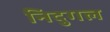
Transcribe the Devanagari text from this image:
निदुगल